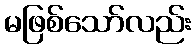
မဖြစ်သော်လည်း